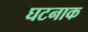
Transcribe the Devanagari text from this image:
घटनाक